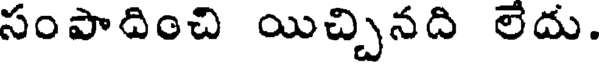
సంపాదించి యిచ్చినది లేదు.